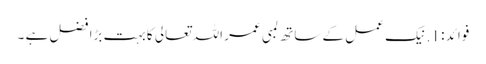
فوائد : 1. نیک عمل کے ساتھ لمبی عمر اللہ تعالی کا بہت بڑا فضل ہے ۔